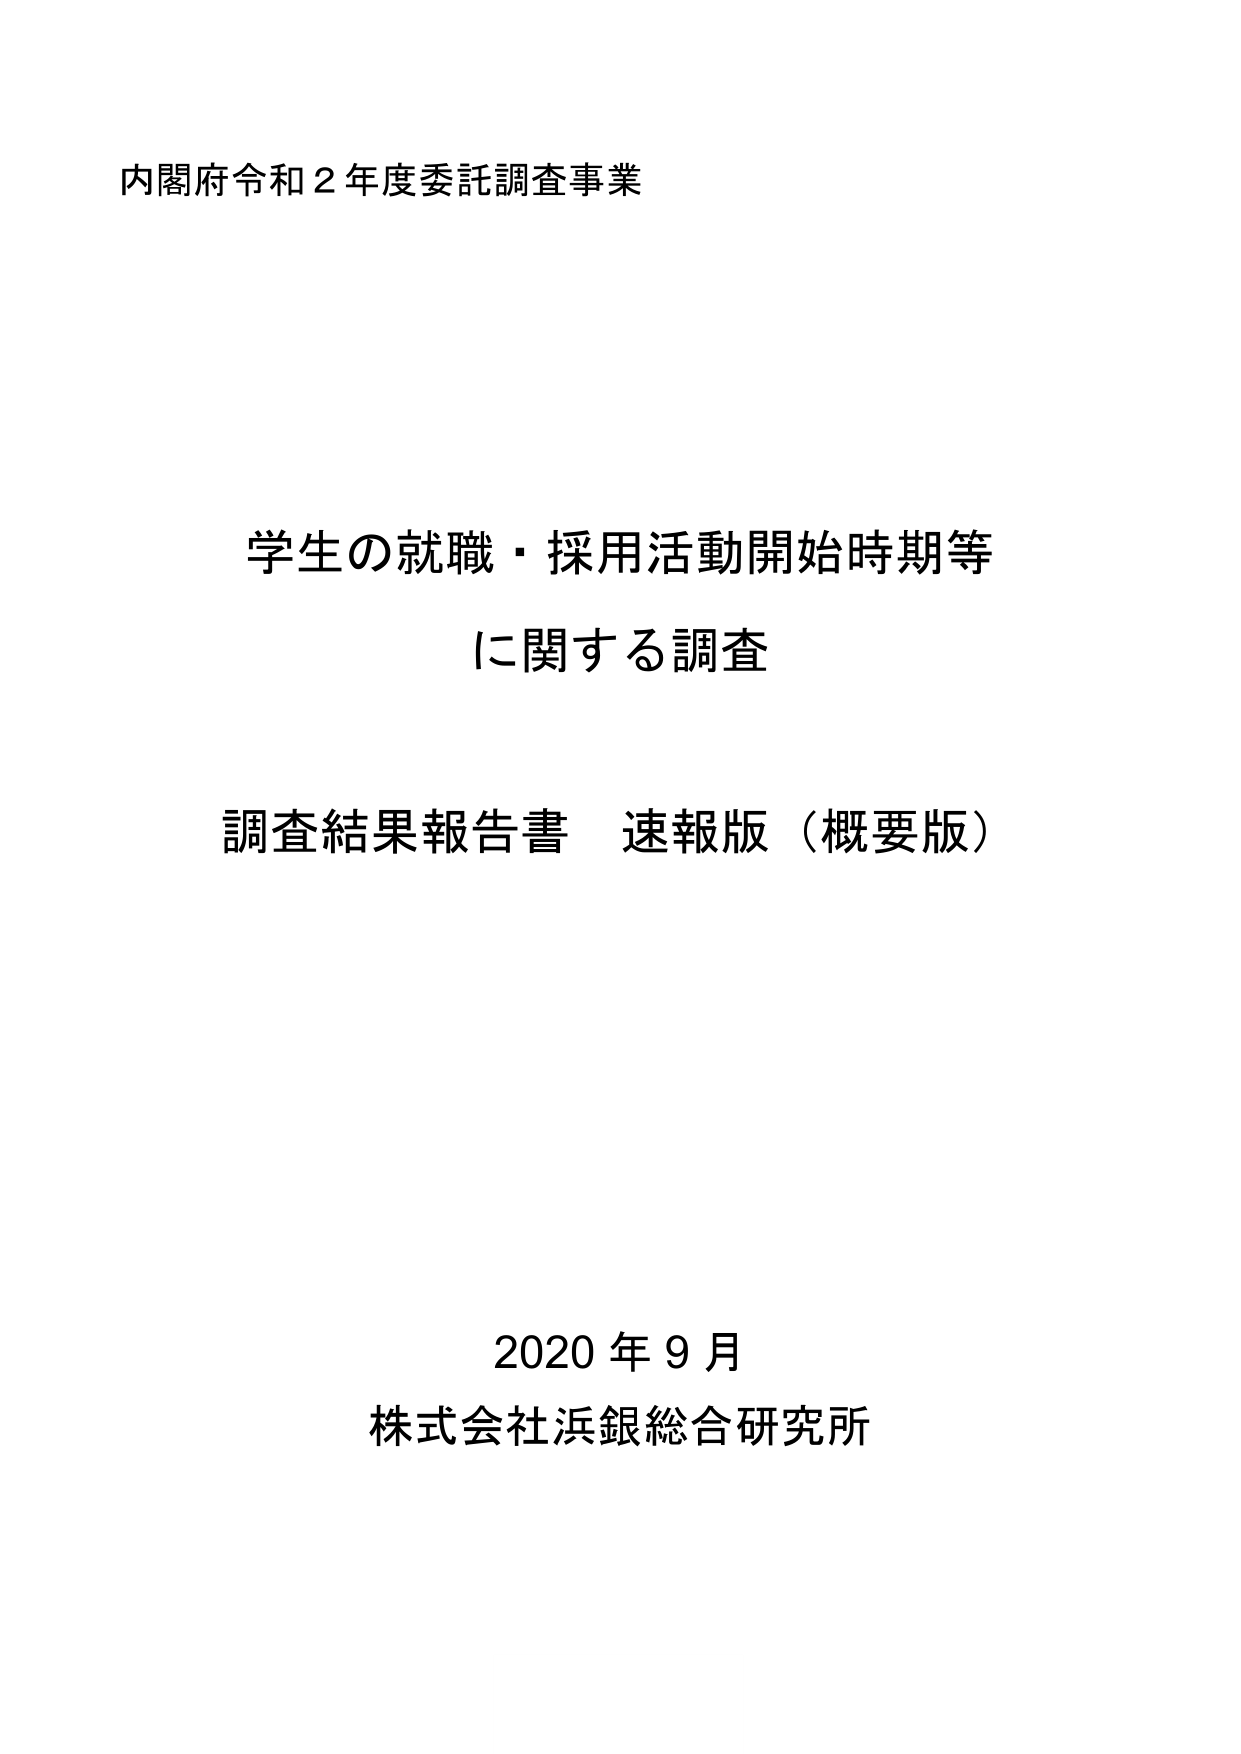
内閣府令和２年度委託調査事業

学生の就職・採用活動開始時期等
に関する調査

調査結果報告書 速報版（概要版）

2020年9月
株式会社浜銀総合研究所